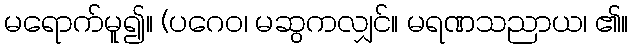
မရောက်မူ၍။ (ပဂေဝ၊ မဆွကလျှင်။ မရဏသညာယ၊ ၏။